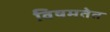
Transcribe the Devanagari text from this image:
विषमतेत